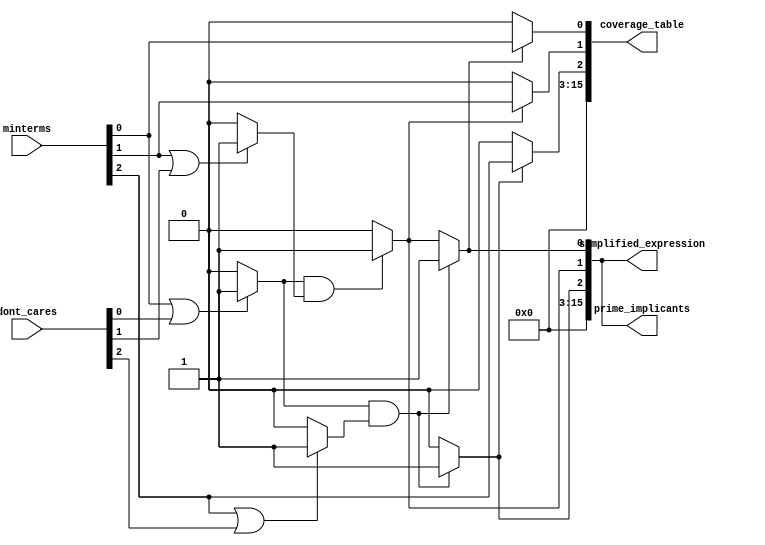
module PrimeImplicantExtractor (
    input [3:0] minterms,        // 4-bit input for minterms (e.g., 0-15 for 4 variables)
    input [3:0] dont_cares,     // 4-bit input for don't care conditions
    output reg [15:0] prime_implicants, // Output for prime implicants
    output reg [15:0] simplified_expression, // Output for simplified expression
    output reg [15:0] coverage_table // Output coverage table
);

// Internal variables
reg [15:0] implicants; // All implicants
integer i, j;

// Minterm Identification
always @(*) begin
    implicants = 16'b0;
    for (i = 0; i < 16; i = i + 1) begin
        if (minterms[i] || dont_cares[i]) begin
            implicants[i] = 1'b1; // Identify minterms and don't cares
        end
    end
end

// Implicant Generation (Simple Pairing)
always @(*) begin
    prime_implicants = 16'b0;
    for (i = 0; i < 16; i = i + 1) begin
        for (j = i + 1; j < 16; j = j + 1) begin
            // Check if they differ by exactly one bit
            if (implicants[i] && implicants[j] && (i ^ j) == (1 << $clog2(i + j))) begin
                prime_implicants[i] = 1'b1;
                prime_implicants[j] = 1'b1;
            end
        end
    end
end

// Prime Implicant Extraction (Naive Approach)
always @(*) begin
    simplified_expression = prime_implicants; // In a real scenario, further logic would be needed here
end

// Coverage Analysis
always @(*) begin
    coverage_table = 16'b0; // Reset coverage table
    for (i = 0; i < 16; i = i + 1) begin
        if (prime_implicants[i]) begin
            coverage_table[i] = minterms[i]; // Mark covered minterms
        end
    end
end

endmodule